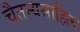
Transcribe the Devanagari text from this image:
चैतन्यसाहित्य